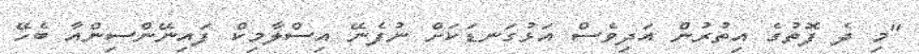
"މި ދެ ފޮތުގެ އިތުރުން އަދިވެސް އަޅުގަނޑަކަށް ނުފެނޭ އިސްލާމިކް ފައިނޭންސިންއާ ބެހޭ